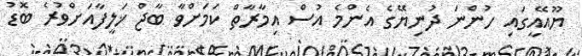
ޔޫއޭއީގައި ހުންނަ ދުނިޔޭގެ އެންމެ އުސް އިމާރާތް ކަމަށްވާ ބާޖް ޚަލީފާއަށްވުރެ ބޮޑު